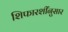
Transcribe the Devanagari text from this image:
शिफारशींनुसार